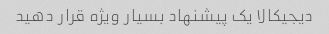
دیجیکالا یک پیشنهاد بسیار ویژه قرار دهید